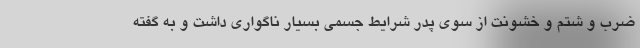
ضرب و شتم و خشونت از سوی پدر شرایط جسمی بسیار ناگواری داشت و به گفته